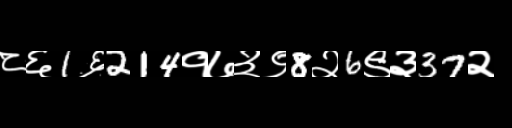
Text: ८६1६214१७३९8२6९३37२